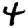
Digit: 4